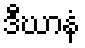
ဒီဃာနံ